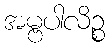
အမ္ဗပါလိဉ္စ